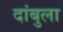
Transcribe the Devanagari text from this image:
दांबुला